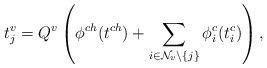
LaTeX: \begin{align*} t^v_j = Q^v\left(\phi^{ch}(t^{ch}) + \sum_{i\in \mathcal{N}_v\setminus \{j\}} \phi^c_i(t^c_i)\right), \end{align*}